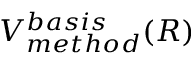
V _ { m e t h o d } ^ { b a s i s } ( R )